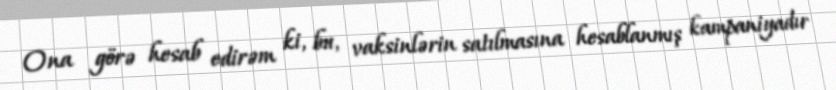
Ona görə hesab edirəm ki, bu, vaksinlərin satılmasına hesablanmış kampaniyadır